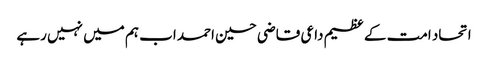
اتحاد امت کے عظیم داعی قاضی حسین احمد اب ہم میں نہیں رہے